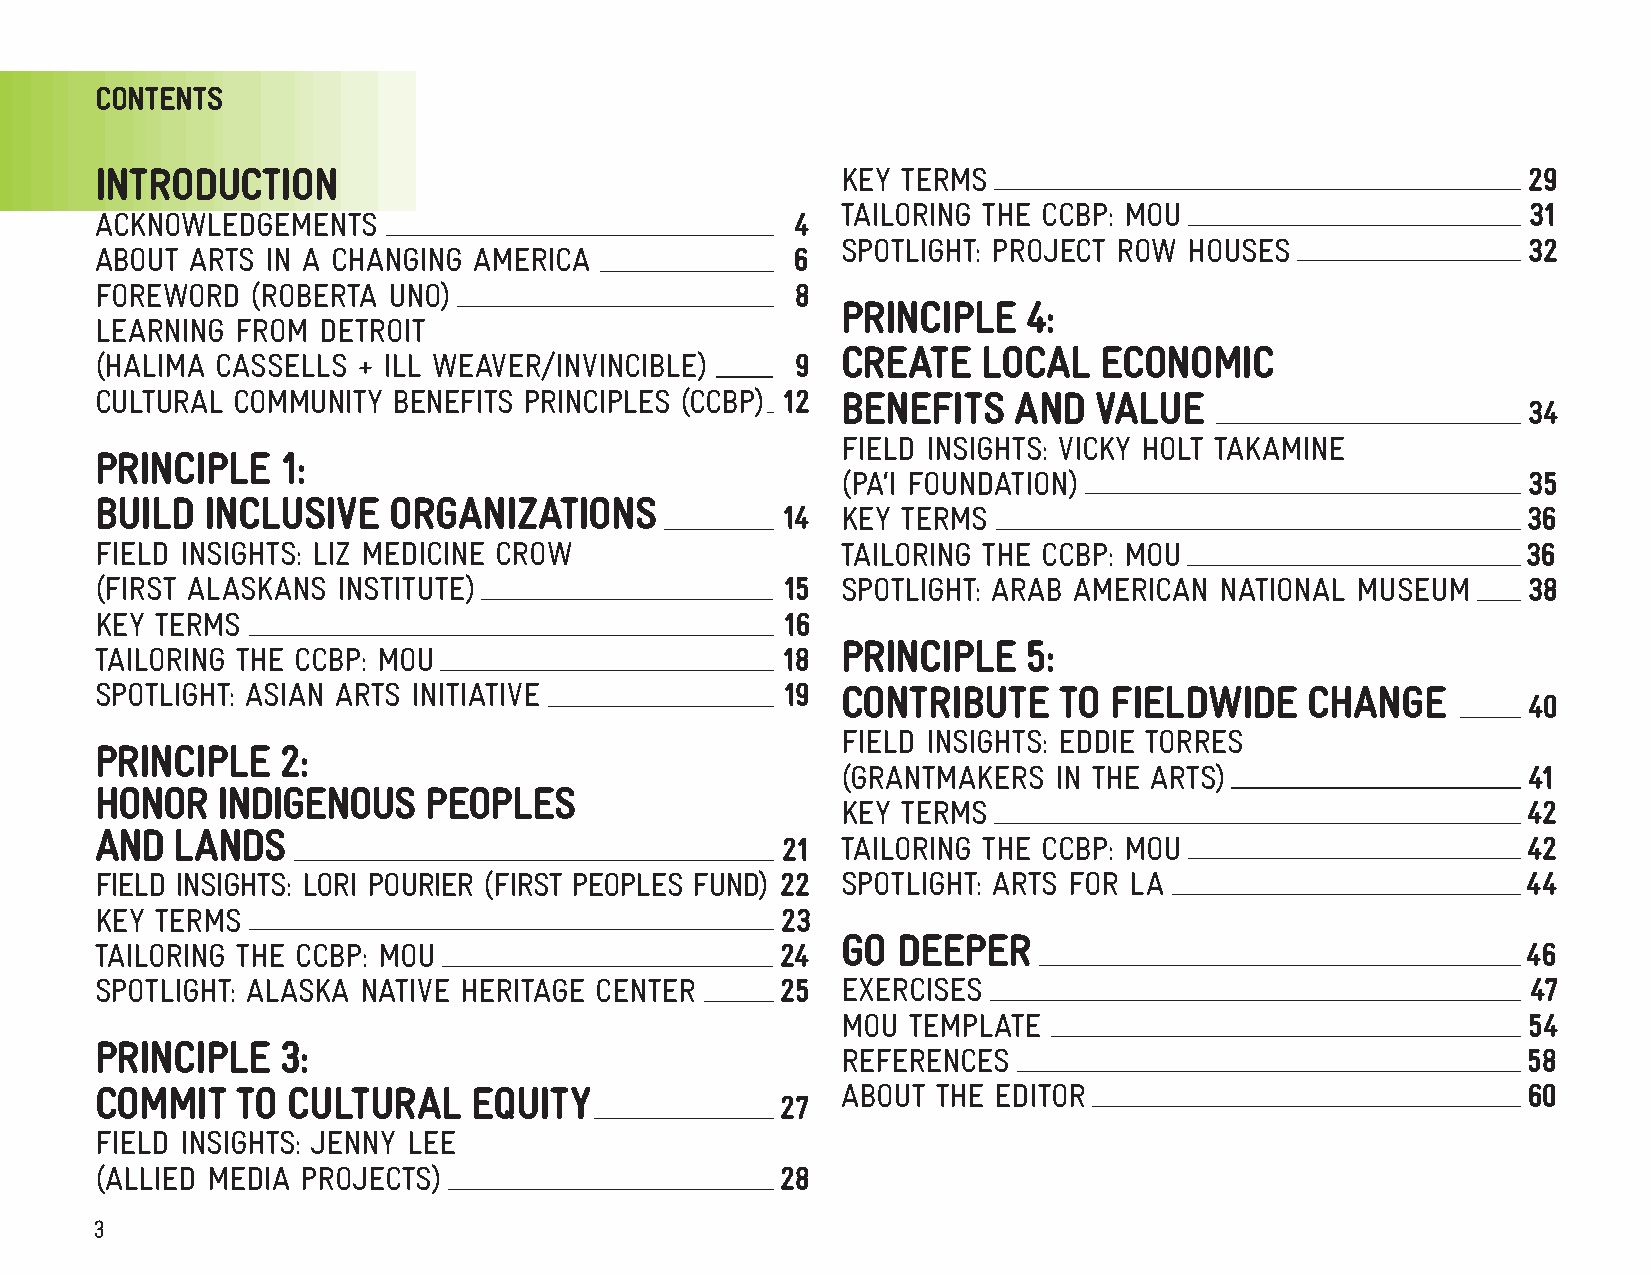
CONTENTS
 INTRODUCTION                                      KEY TERMS                                    29
 TAILORING THE CCBP: MOU                      31
 ACKNOWLEDGEMENTS                               4
 SPOTLIGHT: PROJECT ROW HOUSES                32
 ABOUT  ARTS IN A CHANGING AMERICA              6
 FOREWORD   (ROBERTA UNO)                       8
 PRINCIPLE   4:
 LEARNING  FROM DETROIT
 CREATE   LOCAL   ECONOMIC
 (HALIMA CASSELLS  + ILL WEAVER/INVINCIBLE)     9
 CULTURAL COMMUNITY  BENEFITS PRINCIPLES (CCBP) 12 BENEFITS   AND  VALUE
 34
 FIELD INSIGHTS: VICKY HOLT TAKAMINE
 PRINCIPLE    1:
 (PA‘I FOUNDATION)                            35
 BUILD   INCLUSIVE   ORGANIZATIONS
 14  KEY TERMS                                    36
 FIELD INSIGHTS: LIZ MEDICINE CROW                 TAILORING THE CCBP: MOU                      36
 (FIRST ALASKANS INSTITUTE)                    15  SPOTLIGHT: ARAB AMERICAN NATIONAL MUSEUM     38
 KEY TERMS                                     16
 PRINCIPLE   5:
 TAILORING THE CCBP: MOU                       18
 SPOTLIGHT: ASIAN ARTS INITIATIVE              19  CONTRIBUTE    TO FIELDWIDE     CHANGE
 40
 FIELD INSIGHTS: EDDIE TORRES
 PRINCIPLE    2:
 (GRANTMAKERS  IN THE ARTS)                   41
 HONOR   INDIGENOUS    PEOPLES
 KEY TERMS                                    42
 AND   LANDS
 21  TAILORING THE CCBP: MOU                      42
 FIELD INSIGHTS: LORI POURIER (FIRST PEOPLES FUND) 22 SPOTLIGHT: ARTS FOR LA                    44
 KEY TERMS                                     23
 GO DEEPER
 TAILORING THE CCBP: MOU                       24                                               46
 SPOTLIGHT: ALASKA NATIVE HERITAGE CENTER      25  EXERCISES                                    47
 MOU TEMPLATE                                 54
 PRINCIPLE    3:
 REFERENCES                                   58
 COMMIT    TO CULTURAL    EQUITY                   ABOUT THE EDITOR                             60
 27
 FIELD INSIGHTS: JENNY LEE
 (ALLIED MEDIA PROJECTS)                       28
 3